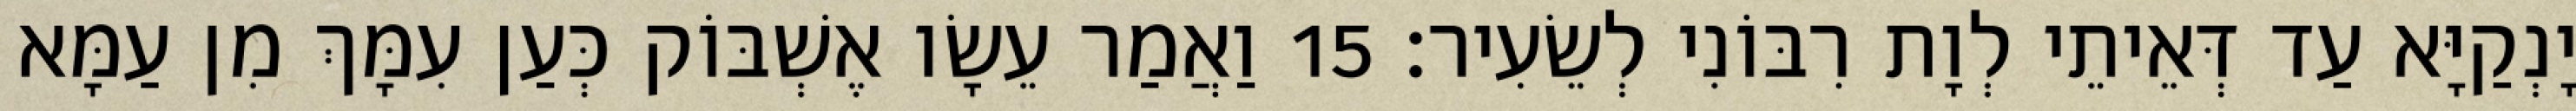
יָנְקַיָּא עַד דְּאֵיתֵי לְוָת רִבּוֹנִי לְשֵׂעִיר׃ 15 וַאֲמַר עֵשָׂו אֶשְׁבּוֹק כְּעַן עִמָּךְ מִן עַמָּא